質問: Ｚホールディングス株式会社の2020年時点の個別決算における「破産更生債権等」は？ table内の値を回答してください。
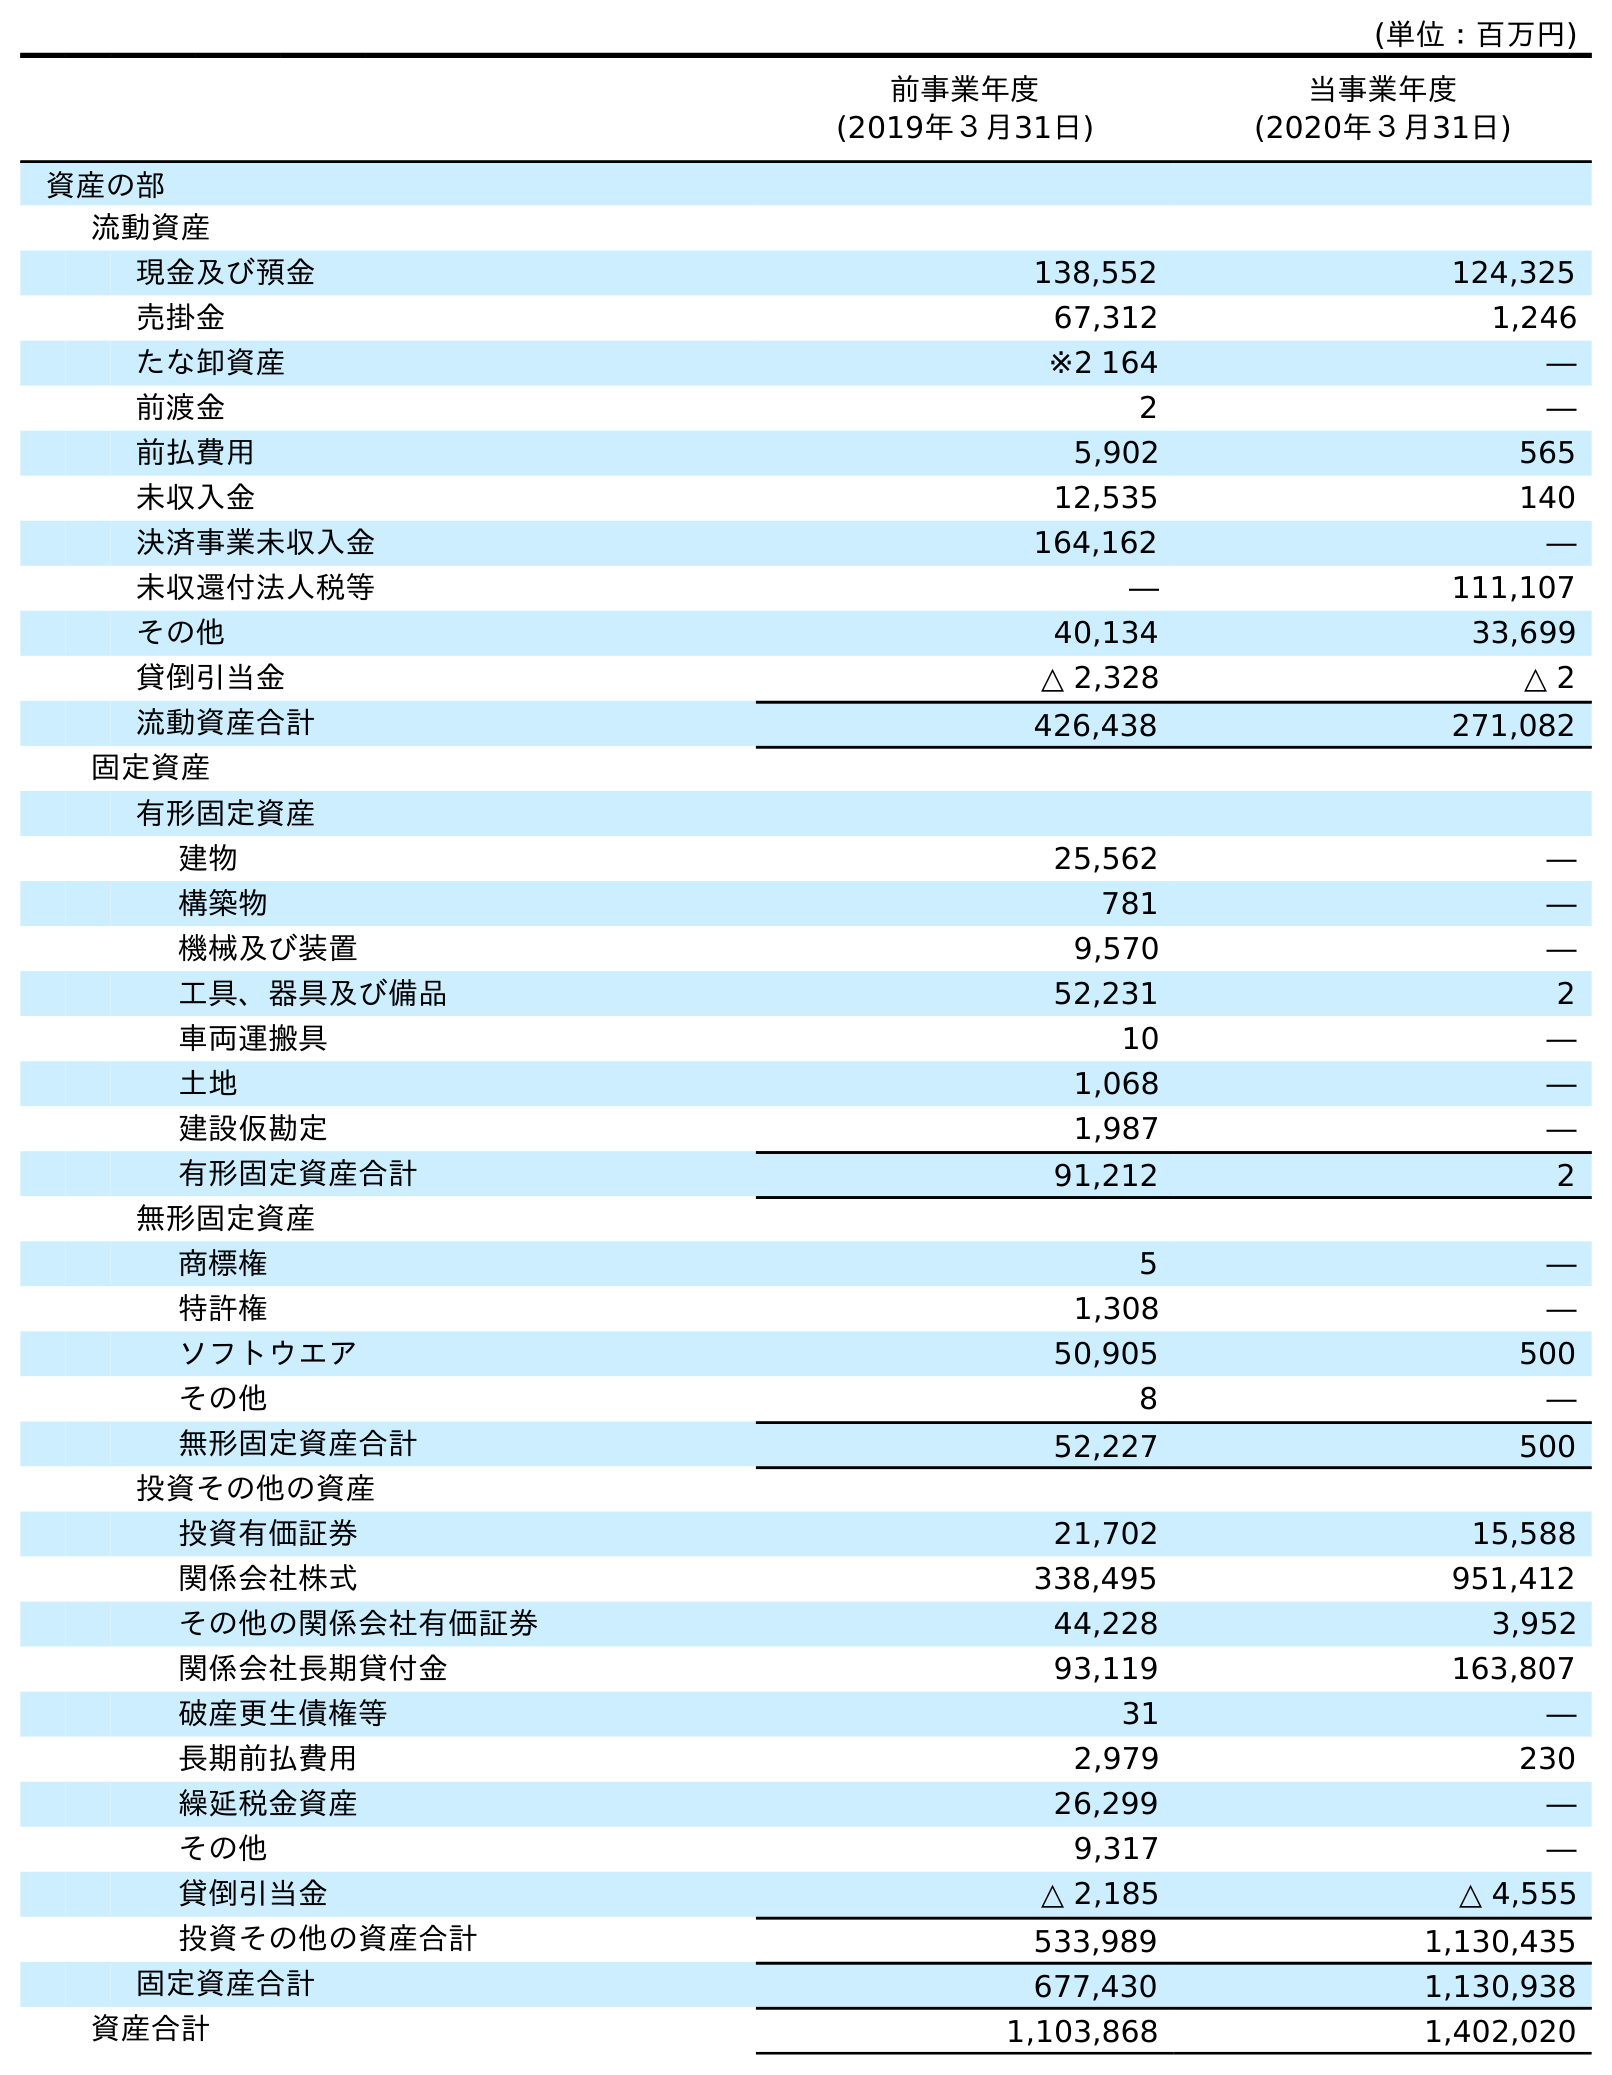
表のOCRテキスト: (単位：百万円) 前事業年度 (2019年３月31日) 当事業年度 (2020年３月31日) 資産の部 流動資産 現金及び預金 138,552 124,325 売掛金 67,312 1,246 たな卸資産 ※2 164 ― 前渡金 2 ― 前払費用 5,902 565 未収入金 12,535 140 決済事業未収入金 164,162 ― 未収還付法人税等 ― 111,107 その他 40,134 33,699 貸倒引当金 △ 2,328 △ 2 流動資産合計 426,438 271,082 固定資産 有形固定資産 建物 25,562 ― 構築物 781 ― 機械及び装置 9,570 ― 工具、器具及び備品 52,231 2 車両運搬具 10 ― 土地 1,068 ― 建設仮勘定 1,987 ― 有形固定資産合計 91,212 2 無形固定資産 商標権 5 ― 特許権 1,308 ― ソフトウエア 50,905 500 その他 8 ― 無形固定資産合計 52,227 500 投資その他の資産 投資有価証券 21,702 15,588 関係会社株式 338,495 951,412 その他の関係会社有価証券 44,228 3,952 関係会社長期貸付金 93,119 163,807 破産更生債権等 31 ― 長期前払費用 2,979 230 繰延税金資産 26,299 ― その他 9,317 ― 貸倒引当金 △ 2,185 △ 4,555 投資その他の資産合計 533,989 1,130,435 固定資産合計 677,430 1,130,938 資産合計 1,103,868 1,402,020
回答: ―